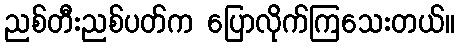
ညစ်တီးညစ်ပတ်က ပြောလိုက်ကြသေးတယ်။